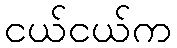
ငယ်ငယ်က